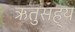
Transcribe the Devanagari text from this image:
ऋतुसह्य